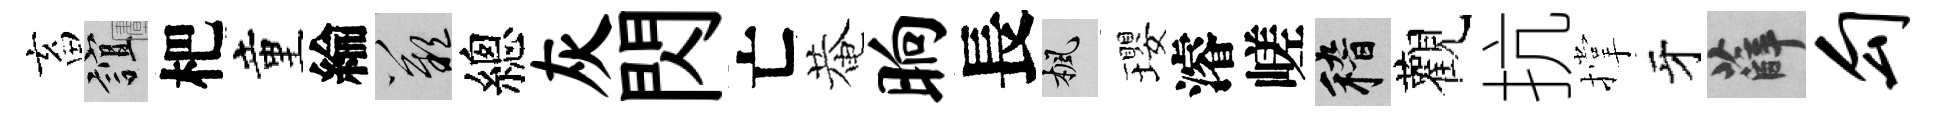
畜誼杷童綸嘆總灰閃亡菴晌長楓瓔濬嵯稽觀抗撑牙薛勾